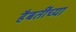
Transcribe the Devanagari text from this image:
हैबतींच्या